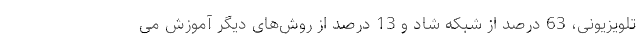
تلویزیونی، 63 درصد از شبکه شاد و 13 درصد از روش‌های دیگر آموزش می